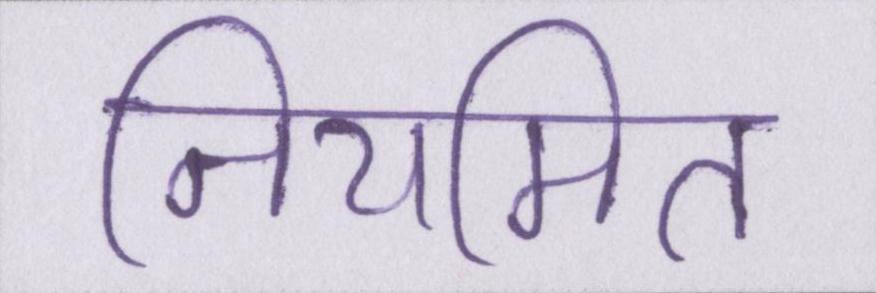
नियमित